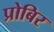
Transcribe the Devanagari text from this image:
प्रोबिर